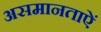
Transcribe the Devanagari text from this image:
असमानताऐं